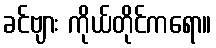
ခင်ဗျား ကိုယ်တိုင်ကရော။